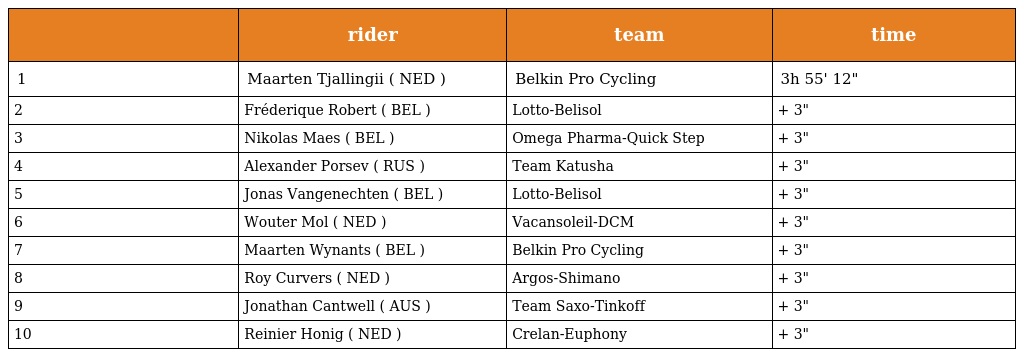
|  | rider | team | time |
 | --- | --- | --- | --- |
 | 1 | Maarten Tjallingii ( NED ) | Belkin Pro Cycling | 3h 55' 12" |
 | 2 | Fréderique Robert ( BEL ) | Lotto-Belisol | + 3" |
 | 3 | Nikolas Maes ( BEL ) | Omega Pharma-Quick Step | + 3" |
 | 4 | Alexander Porsev ( RUS ) | Team Katusha | + 3" |
 | 5 | Jonas Vangenechten ( BEL ) | Lotto-Belisol | + 3" |
 | 6 | Wouter Mol ( NED ) | Vacansoleil-DCM | + 3" |
 | 7 | Maarten Wynants ( BEL ) | Belkin Pro Cycling | + 3" |
 | 8 | Roy Curvers ( NED ) | Argos-Shimano | + 3" |
 | 9 | Jonathan Cantwell ( AUS ) | Team Saxo-Tinkoff | + 3" |
 | 10 | Reinier Honig ( NED ) | Crelan-Euphony | + 3" |